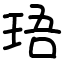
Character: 珸